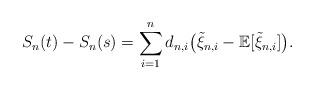
LaTeX: \begin{align*} S_n(t) - S_n(s) = \sum \limits_{i = 1}^n d_{n, i} \big(\tilde \xi_{n, i} - \mathbb{E}[\tilde \xi_{n, i}]\big). \end{align*}